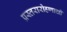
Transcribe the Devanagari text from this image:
प्रस्तरारोहणाची